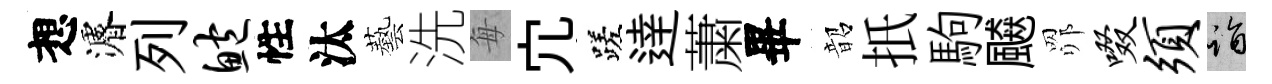
想濬列鲍性汰藝洗每宂蹉逹䔥畢韶扺駒飇𦊑啜须诣